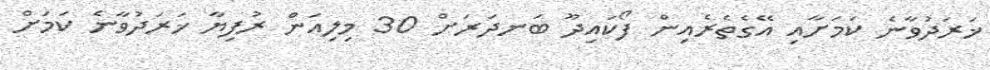
ޚަރަދުވާނެ ކަމަށާއި އޭގެތެރެއިން ފޯކައިދޫ ބަނދަރަށް 30 މިލިއަން ރުފިޔާ ޚަރަދުވާނެ ކަމަށް